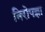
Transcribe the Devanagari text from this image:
निरोपज्ञा